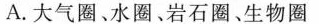
A.大气圈。水圈。岩石圈、生物圈